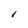
Character: l